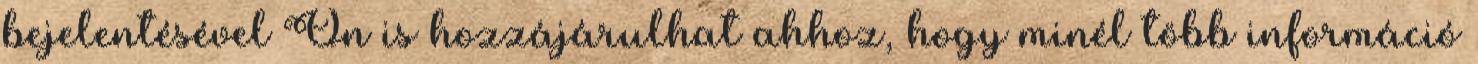
bejelentésével Ön is hozzájárulhat ahhoz, hogy minél több információ